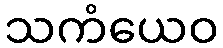
သကံယေဝ